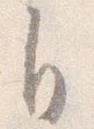
自